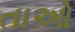
તાઓ